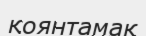
қоянтамақ